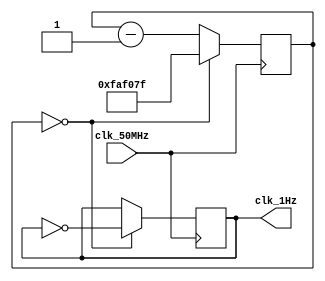
// Divider For 5CSEMA5F31C6N 
// 50 MHz to 1Hz

module frecDivider(clk_50MHz, clk_1Hz);
    reg [24:0] counter;       // 25-bit counter for dividing the clock
    output reg clk_1Hz;       // 1 Hz clock output
    input clk_50MHz;          // 50 MHz clock input
    
    initial begin
        counter = 0;          // Initialize the counter to 0
        clk_1Hz = 0;          // Initialize the output clock to 0
    end
    
    always @(posedge clk_50MHz) begin
        if (counter == 0) begin
            counter <= 49999999;    // If 24999999 not work, set the counter value to divide by 50 million (50 MHz / 50M = 1 Hz) (49999999)
            clk_1Hz <= ~clk_1Hz;    // Toggle the output clock
        end else begin
            counter <= counter - 1; // Decrement the counter
        end
    end
endmodule